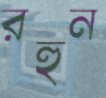
রহুন